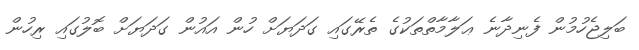
ބަލިޖެހުމުން ފެނިދާނެ ޢަލާމާތްތަކުގެ ތެރޭގައި ގަދަޔަށް ހުން އައުން ގަދަޔަށް ބޮލުގައި ރިހުން